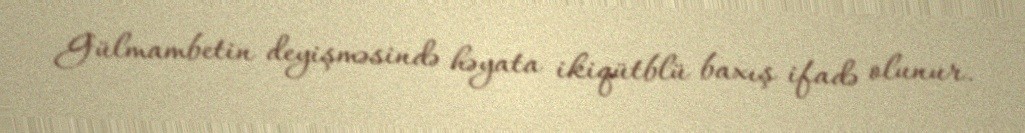
Gülmambetin deyişməsində həyata ikiqütblü baxış ifadə olunur.